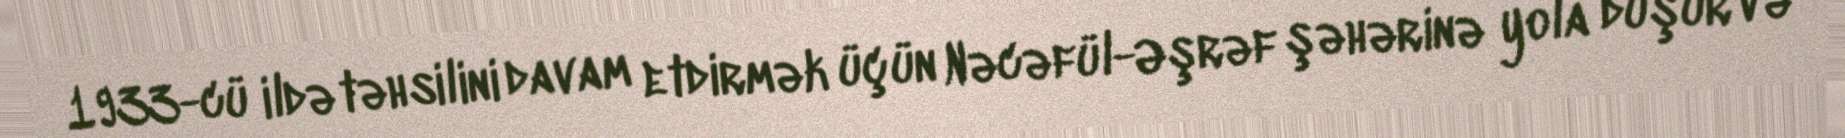
1933-cü ildə təhsilini davam etdirmək üçün Nəcəfül-Əşrəf şəhərinə yola düşür və